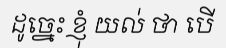
ដូច្នេះ ខ្ញុំ យល់ ថា បើ